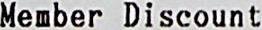
MEMBER DISCOUNT